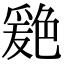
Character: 𦫦